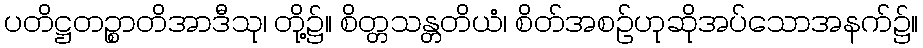
ပတိဋ္ဌတဉ္စာတိအာဒီသု၊ တို့၌။ စိတ္တသန္တတိယံ၊ စိတ်အစဉ်ဟုဆိုအပ်သောအနက်၌။